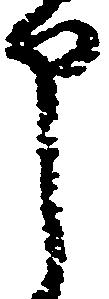
申